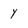
Character: y